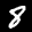
Label: 8